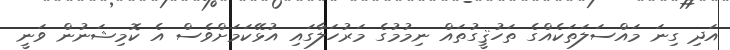
އަދި ގިނަ މައްސަލަތަކެއްގެ ތަހުޤީގުތައް ނިމުމުގެ މަރުހަލާގައި އުޅޭކަމަށްވެސް އެ ކޮމިޝަނުން ވަނީ